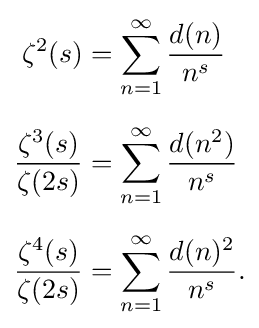
{\begin{aligned}\zeta ^{2}(s)&=\sum _{n=1}^{\infty }{\frac {d(n)}{n^{s}}}\\[6pt]{\frac {\zeta ^{3}(s)}{\zeta (2s)}}&=\sum _{n=1}^{\infty }{\frac {d(n^{2})}{n^{s}}}\\[6pt]{\frac {\zeta ^{4}(s)}{\zeta (2s)}}&=\sum _{n=1}^{\infty }{\frac {d(n)^{2}}{n^{s}}}.\end{aligned}}